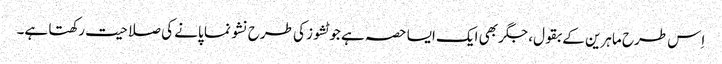
اِس طرح ماہرین کے بقول، جگر بھی ایک ایسا حصہ ہے جو ٹشوز کی طرح نشو نما پانے کی صلاحیت رکھتا ہے۔